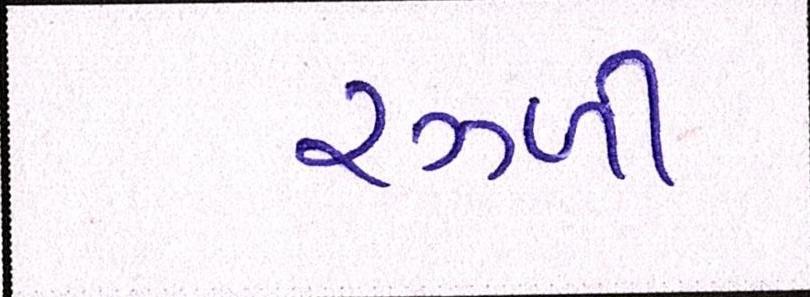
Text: રઝ્ળી